Civil Veterinary Dept. North-West Frontier Province 1933-46 - 1933-1946
Year: 1933
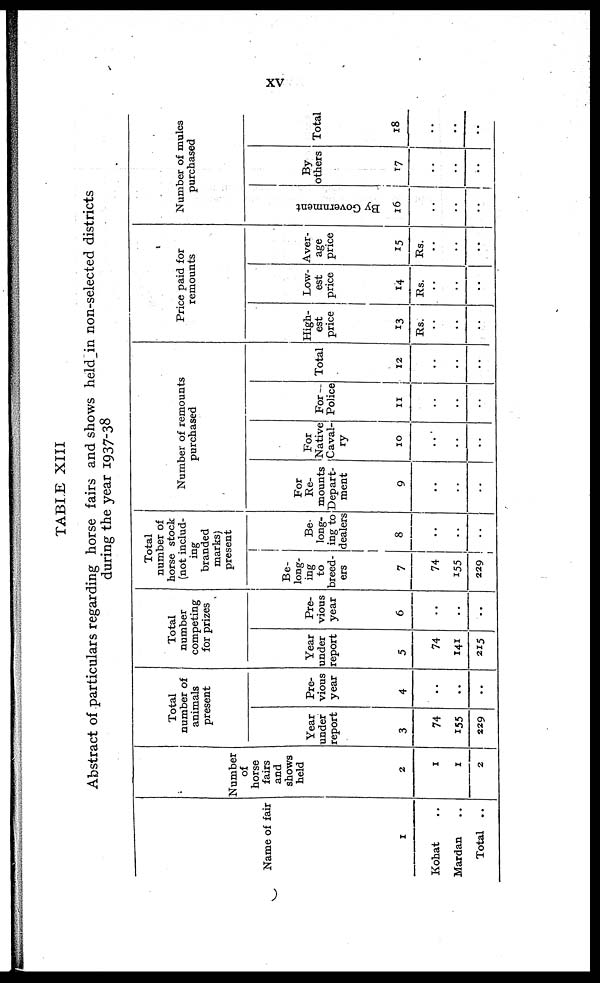
xv
TABLE XIII
Abstract of particulars regarding horse fairs and shows held_in non-selected districts
during the year 1937-38
Name of fair
1
Kohat ..
Mardan ..
Total
..
Number
of
horse
fairs
and
shows
held
2
1
1
2
Total
number of
animals
present
Year
under
report
3
74
155
229
Pre-
vious
year
4
..
..
..
Total
number
competing
for prizes
Year
under
report
5
74
141
215
Pre-
vious
year
6
..
..
..
Total
number of
horse stock
(not includ-
ing
branded
marks)
present
Be-
long-
ing
to
breed-
ers
7
74
155
229
Be-
long-
ing to
dealers
8
..
..
..
Number of remounts
purchased
For
Re-
mounts
Depart-
ment
9
..
..
..
For
Native
Caval-
ry
10
..
..
..
For
Police
11
..
..
..
Total
12
..
..
..
Price paid for
remounts
High-
est
price
13
Rs.
..
..
..
Low-
est
price
14
Rs.
..
..
..
Aver-
age
price
15
Rs.
..
..
..
Number of mules
purchased
By Go v e r
n me n t
16
..
..
..
By
others
17
..
..
..
Total
18
..
..
..